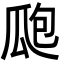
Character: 瓟